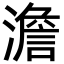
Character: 澹